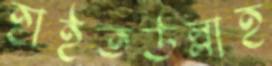
হাইতউল্লাহ